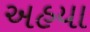
અહયા